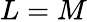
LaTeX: L=M